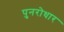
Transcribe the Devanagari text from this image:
पुनरोधार